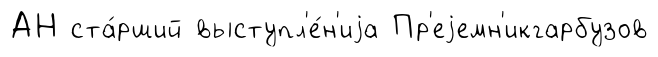
АН ста́рший выступл'е́н'иjа Пр'еjемн'икгарбузов